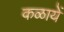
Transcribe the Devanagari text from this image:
कळायें